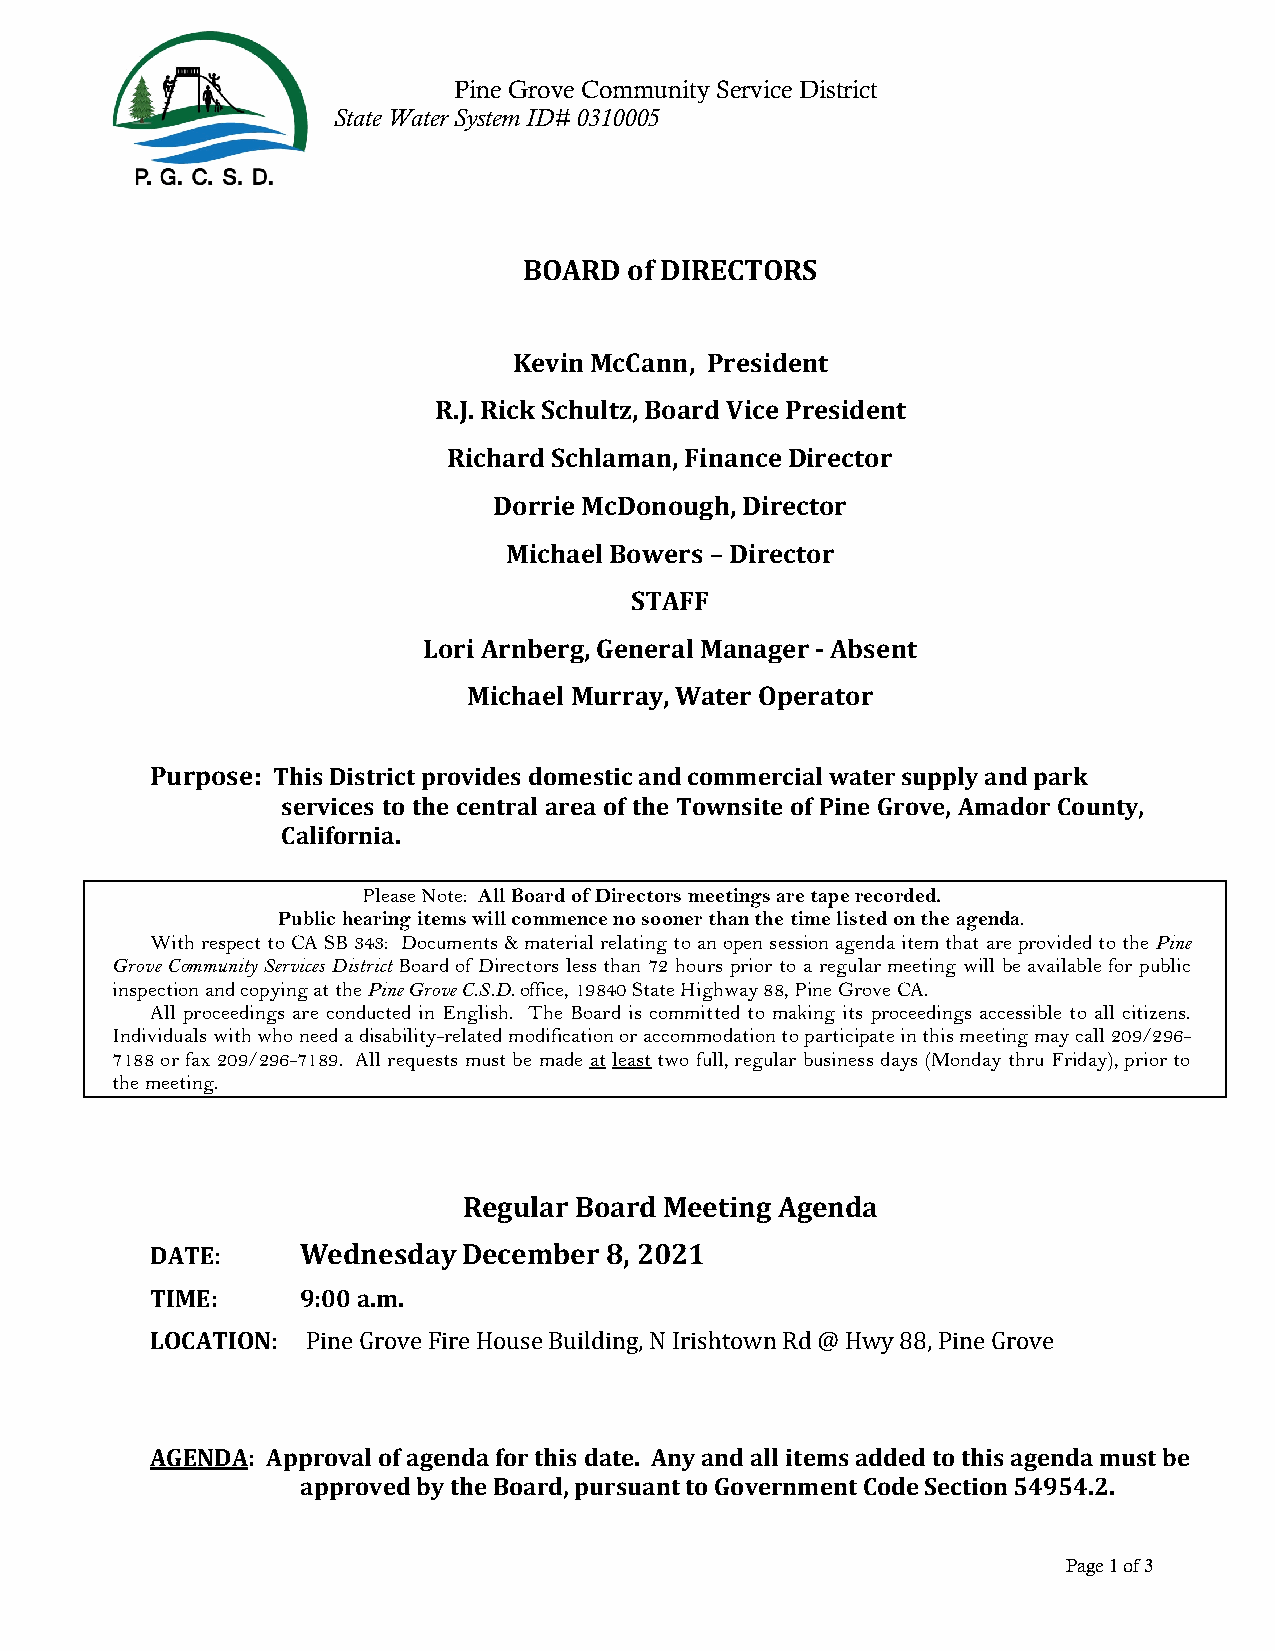
Pine Grove Community Service District
 State Water System ID# 0310005
 BOARD  of DIRECTORS
 Kevin McCann, President
 R.J. Rick Schultz, Board Vice President
 Richard Schlaman, Finance Director
 Dorrie McDonough, Director
 Michael Bowers – Director
 STAFF
 Lori Arnberg, General Manager - Absent
 Michael Murray, Water Operator
 Purpose: This District provides domestic and commercial water supply and park
 services to the central area of the Townsite of Pine Grove, Amador County,
 California.
 Please Note: All Board of Directors meetings are tape recorded.
 Public hearing items will commence no sooner than the time listed on the agenda.
 With respect to CA SB 343: Documents & material relating to an open session agenda item that are provided to the Pine
 Grove Community Services District Board of Directors less than 72 hours prior to a regular meeting will be available for public
 inspection and copying at the Pine Grove C.S.D. office, 19840 State Highway 88, Pine Grove CA.
 All proceedings are conducted in English. The Board is committed to making its proceedings accessible to all citizens.
 Individuals with who need a disability-related modification or accommodation to participate in this meeting may call 209/296-
 7188 or fax 209/296-7189. All requests must be made at least two full, regular business days (Monday thru Friday), prior to
 the meeting.
 Regular Board Meeting Agenda
 DATE      Wednesday  December 8, 2021
 TIME:     9:00 a.m.
 :
 LOCATION
 : Pine Grove Fire House Building, N Irishtown Rd @ Hwy 88, Pine Grove
 AGENDA: Approval of agenda for this date. Any and all items added to this agenda must be
 approved by the Board, pursuant to Government Code Section 54954.2.
 Page 1 of 3